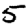
Digit: 5